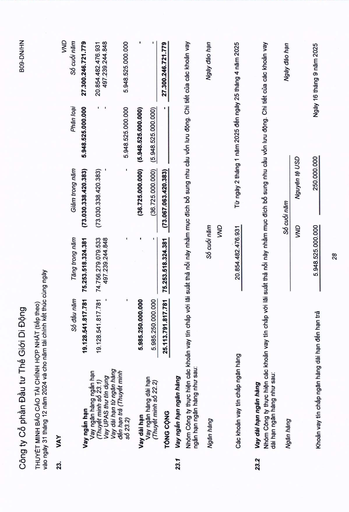
||Số đầu năm|Tăng trong năm|Giảm trong năm|Phân loại|VND Số cuối năm| |---|---|---|---|---|---| |Vay ngắn hạn|19.128.541.817.781|75.253.518.324.381|(73.030.338.420.383)|5.948.525.000.000|27.300.246.721.779| |Vay ngân hàng ngắn hạn (Thuyết minh số 23.1)|19.128.541.817.781|74.756.279.079.533|(73.030.338.420.383)||20.854.482.476.931| |Vay UPAS thư tín dụng||497.239.244.848|||497.239.244.848| |Vay dài hạn từ ngân hàng đến hạn trả (Thuyết minh số 23.2)|||-|5.948.525.000.000|5.948.525.000.000| |Vay dài hạn|5.985.250.000.000|-|(36.725.000.000)|(5.948.525.000.000)|| |Vay ngân hàng dài hạn (Thuyết minh số 22.2)|5.985.250.000.000|-|(36.725.000.000)|(5.948.525.000.000)|| |TỔNG CỘNG|25.113.791.817.781|75.253.518.324.381|(73.067.063.420.383)||27.300.246.721.779| |Ngân hàng|Số cuối|năm|Ngày đáo hạn| |---|---|---|---| ||VND|Nguyên tệ USD|| |Khoản vay tín chấp ngân hàng dài hạn đến hạn trả|5.948.525.000.000|250.000.000|Ngày 16 tháng 9 năm 2025|